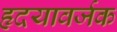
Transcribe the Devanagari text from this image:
हृदयावर्जक